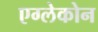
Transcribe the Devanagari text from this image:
एग्लेकोन